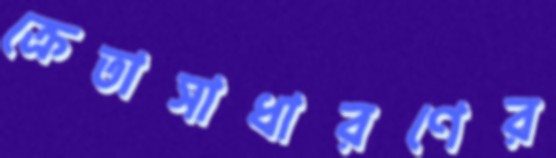
ক্রেতাসাধারণের